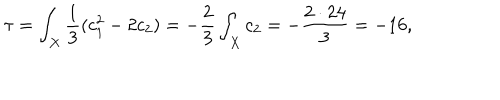
\tau = \int _ { X } \frac { 1 } { 3 } ( c _ { 1 } ^ { 2 } - 2 c _ { 2 } ) = - \frac { 2 } { 3 } \int _ { X } c _ { 2 } = - \frac { 2 \cdot 2 4 } { 3 } = - 1 6 ,